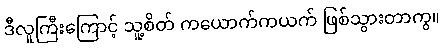
ဒီလူကြီးကြောင့် သူ့စိတ် ကယောက်ကယက် ဖြစ်သွားတာကွ။